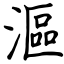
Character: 漚